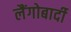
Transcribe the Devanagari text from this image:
लैंगोबार्दी